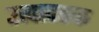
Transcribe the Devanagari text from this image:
उत्पादतक